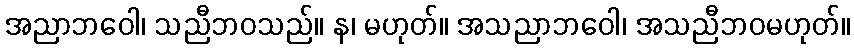
အညာဘဝေါ၊ သညီဘဝသည်။ န၊ မဟုတ်။ အသညာဘဝေါ၊ အသညီဘဝမဟုတ်။